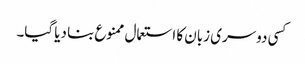
کسی دوسری زبان کا استعمال ممنوع بنا دیا گیا۔